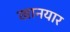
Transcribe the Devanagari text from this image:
खानयार